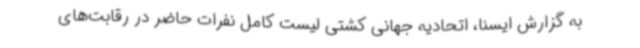
به گزارش ایسنا، اتحادیه جهانی کشتی لیست کامل نفرات حاضر در رقابت‌های